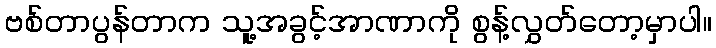
ဗစ်တာပွန်တာက သူ့အခွင့်အာဏာကို စွန့်လွှတ်တော့မှာပါ။